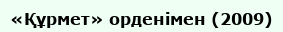
«Құрмет» орденімен (2009)